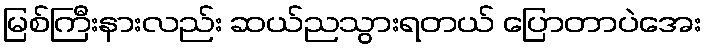
မြစ်ကြီးနားလည်း ဆယ်ညသွားရတယ် ပြောတာပဲအေး